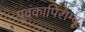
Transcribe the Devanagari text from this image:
पूवंकापिराम्बू